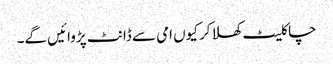
چاکلیٹ کھلا کر کیوں امی سے ڈانٹ پڑوائیں گے۔